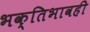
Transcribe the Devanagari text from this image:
भक्तिभावही